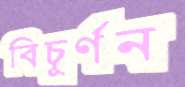
বিচূর্ণন